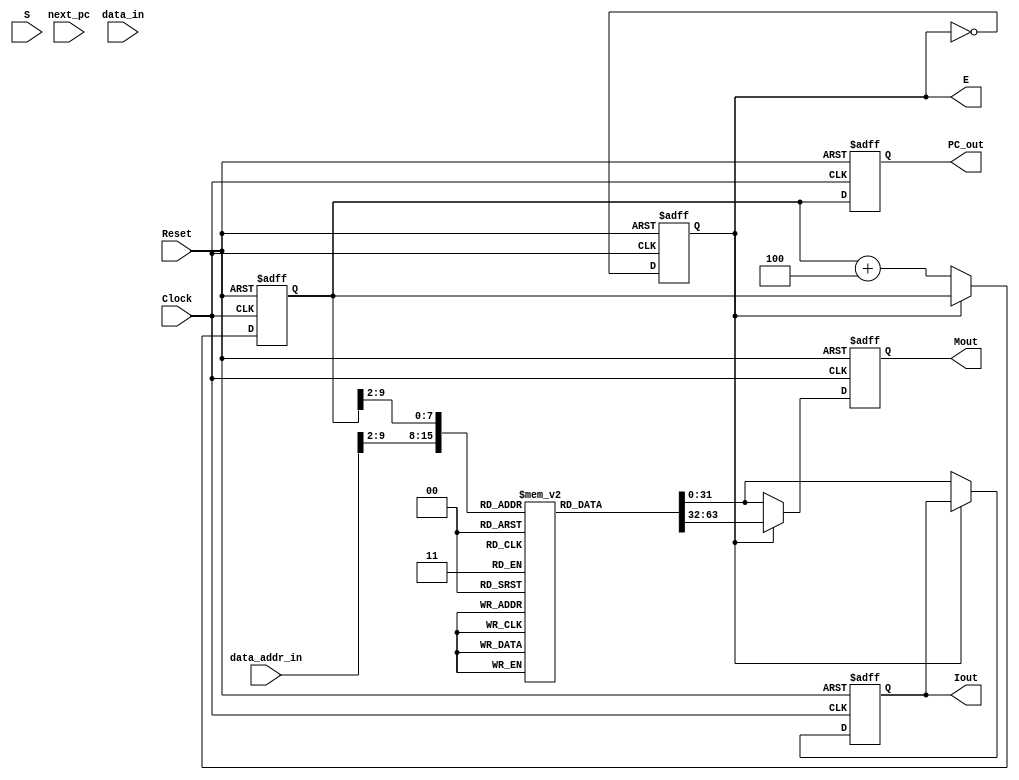
module lab13 (
    input wire Clock,               
    input wire Reset,              
    input wire S,                   
    input wire [31:0] next_pc,      
    input wire [31:0] data_addr_in, 
    input wire [31:0] data_in,      
    output reg [31:0] PC_out,       
    output reg [31:0] Iout,         
    output reg [31:0] Mout,         
    output reg E                    
);

  // Register E logic
  always @(posedge Clock or posedge Reset) begin
    if (Reset) begin
      E <= 0;
    end else begin
      E <= ~E;
    end
  end

  // Program Counter PC
  reg [31:0] PC;

  always @(posedge Clock or posedge Reset) begin
    if (Reset) begin
      PC <= 0;
    end else if (~E) begin
      
      PC <= PC + 4;
    end
  end

  always @(posedge Clock or posedge Reset) begin
    if (Reset) begin
      PC_out <= 0;
    end else begin
      PC_out <= PC;
    end
  end

  // Memory (256 x 32-bit registers)
  reg [31:0] memory[255:0];


  // Memory Output Mout
  always @(posedge Clock or posedge Reset) begin
    if (Reset) begin
      Mout <= 32'b0;
    end else if (E) begin
      
      Mout <= memory[data_addr_in[31:2]];
    end else begin
      
      Mout <= memory[PC[31:2]];
    end
  end

  // Instruction Register I
  always @(posedge Clock or posedge Reset) begin
    if (Reset) begin
      Iout <= 32'b0;
    end else if (~E) begin
      
      Iout <= memory[PC[31:2]];
    end
  end

endmodule